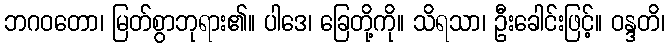
ဘဂဝတော၊ မြတ်စွာဘုရား၏။ ပါဒေ၊ ခြေတို့ကို။ သိရသာ၊ ဦးခေါင်းဖြင့်။ ဝန္ဒတိ၊